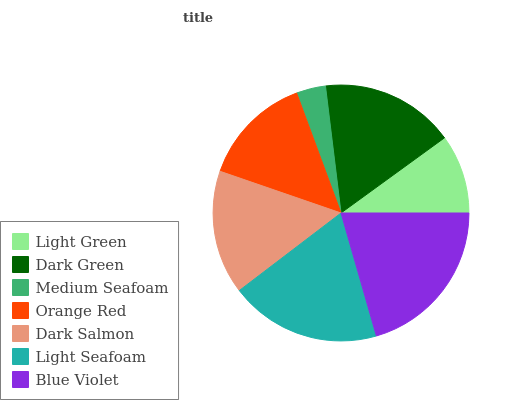
| Light Green | Dark Green | Medium Seafoam | Orange Red | Dark Salmon | Light Seafoam | Blue Violet |
 | --- | --- | --- | --- | --- | --- | --- |
 | 10% | 16.9% | 3.71% | 14.1% | 15.7% | 19.1% | 20.5% |